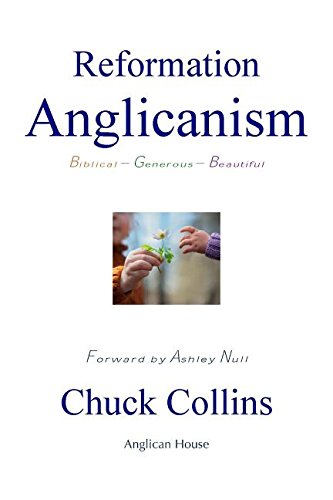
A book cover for Reformation Anglicanism: Biblical - Generous - Beautiful; The Rev. Chuck Collins; Christian Books & Bibles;